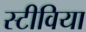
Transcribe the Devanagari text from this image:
स्टीविया